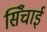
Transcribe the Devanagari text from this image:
सिँचाई